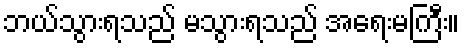
ဘယ်သွားရသည် မသွားရသည် အရေးမကြီး။